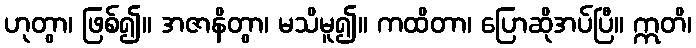
ဟုတွာ၊ ဖြစ်၍။ အဇာနိတွာ၊ မသိမူ၍။ ကထိတာ၊ ပြောဆိုအပ်ပြီ။ ဣတိ၊